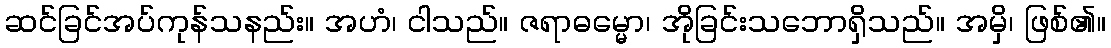
ဆင်ခြင်အပ်ကုန်သနည်း။ အဟံ၊ ငါသည်။ ဇရာဓမ္မော၊ အိုခြင်းသဘောရှိသည်။ အမှိ၊ ဖြစ်၏။